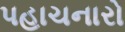
પહાચનારો